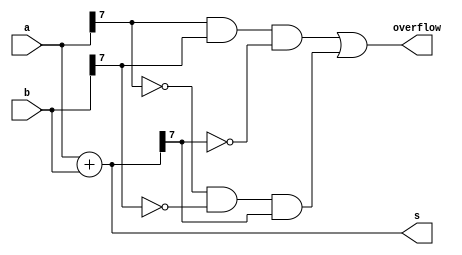
module top_module (
    input [7:0] a,
    input [7:0] b,
    output [7:0] s,
    output overflow
); //

    assign s = a + b;

    // https://slideplayer.com/slide/7512650/24/images/71/Overflow+Detector+Truth+Table.jpg
    assign overflow = (a[7] & b[7] & ~s[7]) | (~a[7] & ~b[7] & s[7]);

endmodule